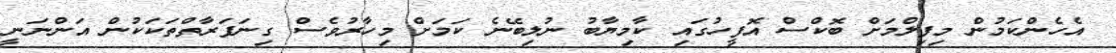
އެހެންކަމުން މިފިލްމަށް ބޮކްސް އޮފީހުގައި ކާމިޔާބު ނުލިބޭނެ ކަމަށް މިހާރުވެސް ގިނަފަރާތްތަކަކުން އަންނަނީ